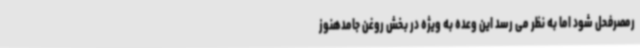
رمصرفحل شود اما به نظر می رسد این وعده به ویژه در بخش روغن جامدهنوز